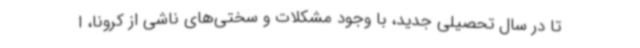
تا در سال تحصیلی جدید، با وجود مشکلات و سختی‌های ناشی از کرونا، ا